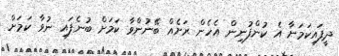
ދީފައިކަމަށާ އެ ކުންފުނިން އެހެން ރަށެއް ބޭނުންވާ ކަމަށް ބުނެފައި ނުވާ ކަމަށް